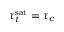
\tau _ { t } ^ { \mathrm { s a t } } = \tau _ { c }